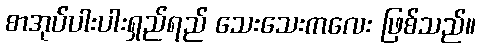
စာအုပ်ပါးပါးရှည်ရည် သေးသေးကလေး ဖြစ်သည်။